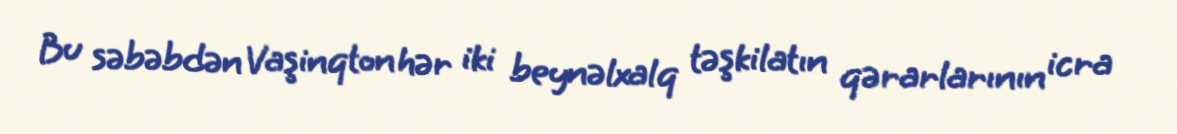
Bu səbəbdən Vaşinqton hər iki beynəlxalq təşkilatın qərarlarının icra